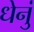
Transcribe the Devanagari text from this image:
धेनुं